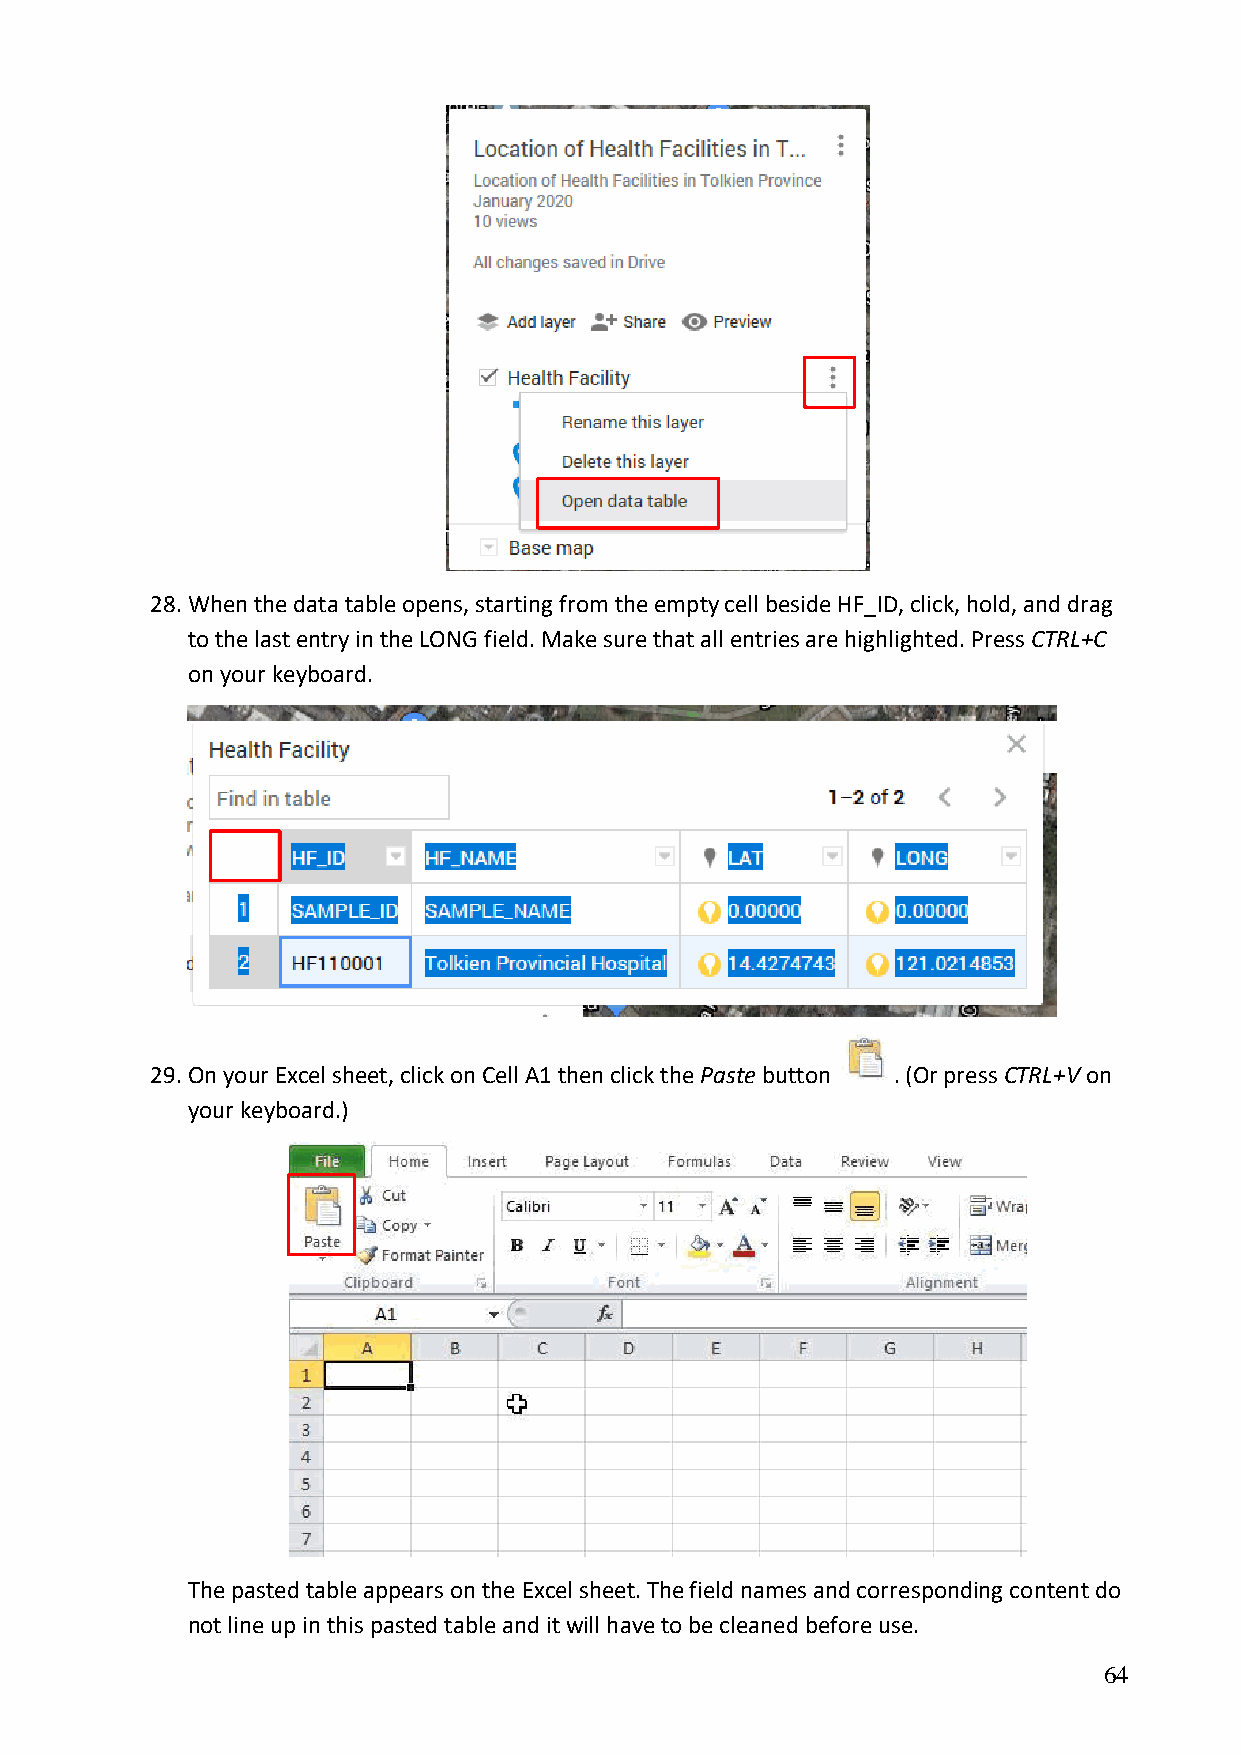
28. When the data table opens, starting from the empty cell beside HF_ID, click, hold, and drag
 to the last entry in the LONG field. Make sure that all entries are highlighted. Press CTRL+C
 on your keyboard.
 29. On your Excel sheet, click on Cell A1 then click the Paste button . (Or press CTRL+V on
 your keyboard.)
 The pasted table appears on the Excel sheet. The field names and corresponding content do
 not line up in this pasted table and it will have to be cleaned before use.
 64